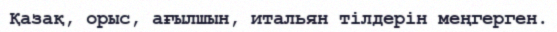
Қазақ, орыс, ағылшын, итальян тілдерін меңгерген.